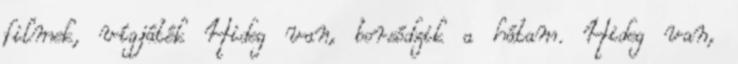
filmek, vígjáték Hideg van, borsódzik a hátam. Hideg van,